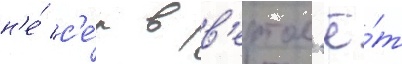
н'е́ с'е́л в в'ертол'ё́т